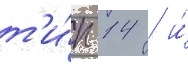
т'и́п 14 / и́